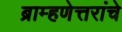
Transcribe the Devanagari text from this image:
ब्राम्हणेत्तरांचे